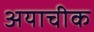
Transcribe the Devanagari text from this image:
अयाचीक